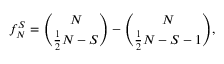
f _ { N } ^ { S } = \binom { N } { \frac { 1 } { 2 } N - S } - \binom { N } { \frac { 1 } { 2 } N - S - 1 } ,